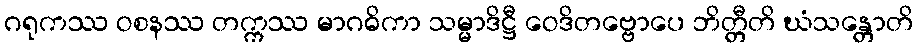
ဂရုကဿ ဝစနဿ တက္ကဿ မာဂဓိကာ သမ္မာဒိဋ္ဌီ ဝေဒိတဗ္ဗောပေ ဘိတ္တီတိ ဃံသန္တောတိ